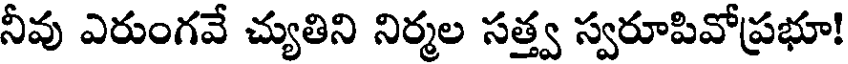
నీవు ఎరుంగవే చ్యుతిని నిర్మల సత్త్వ స్వరూపివోప్రభూ!